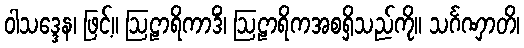
ဝါသဒ္ဒေန၊ ဖြင့်။ ဩဠာရိကာဒိံ၊ ဩဠာရိကအစရှိသည်ကို။ သင်္ဂဏှာတိ၊